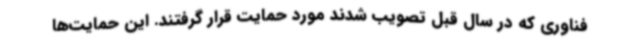
فناوری که در سال قبل تصویب شدند مورد حمایت قرار گرفتند. این حمایت‌ها